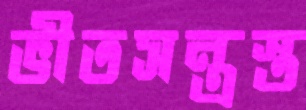
ভীতসন্ত্রস্ত